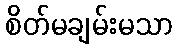
စိတ်မချမ်းမသာ